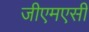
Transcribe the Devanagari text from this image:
जीएमएसी